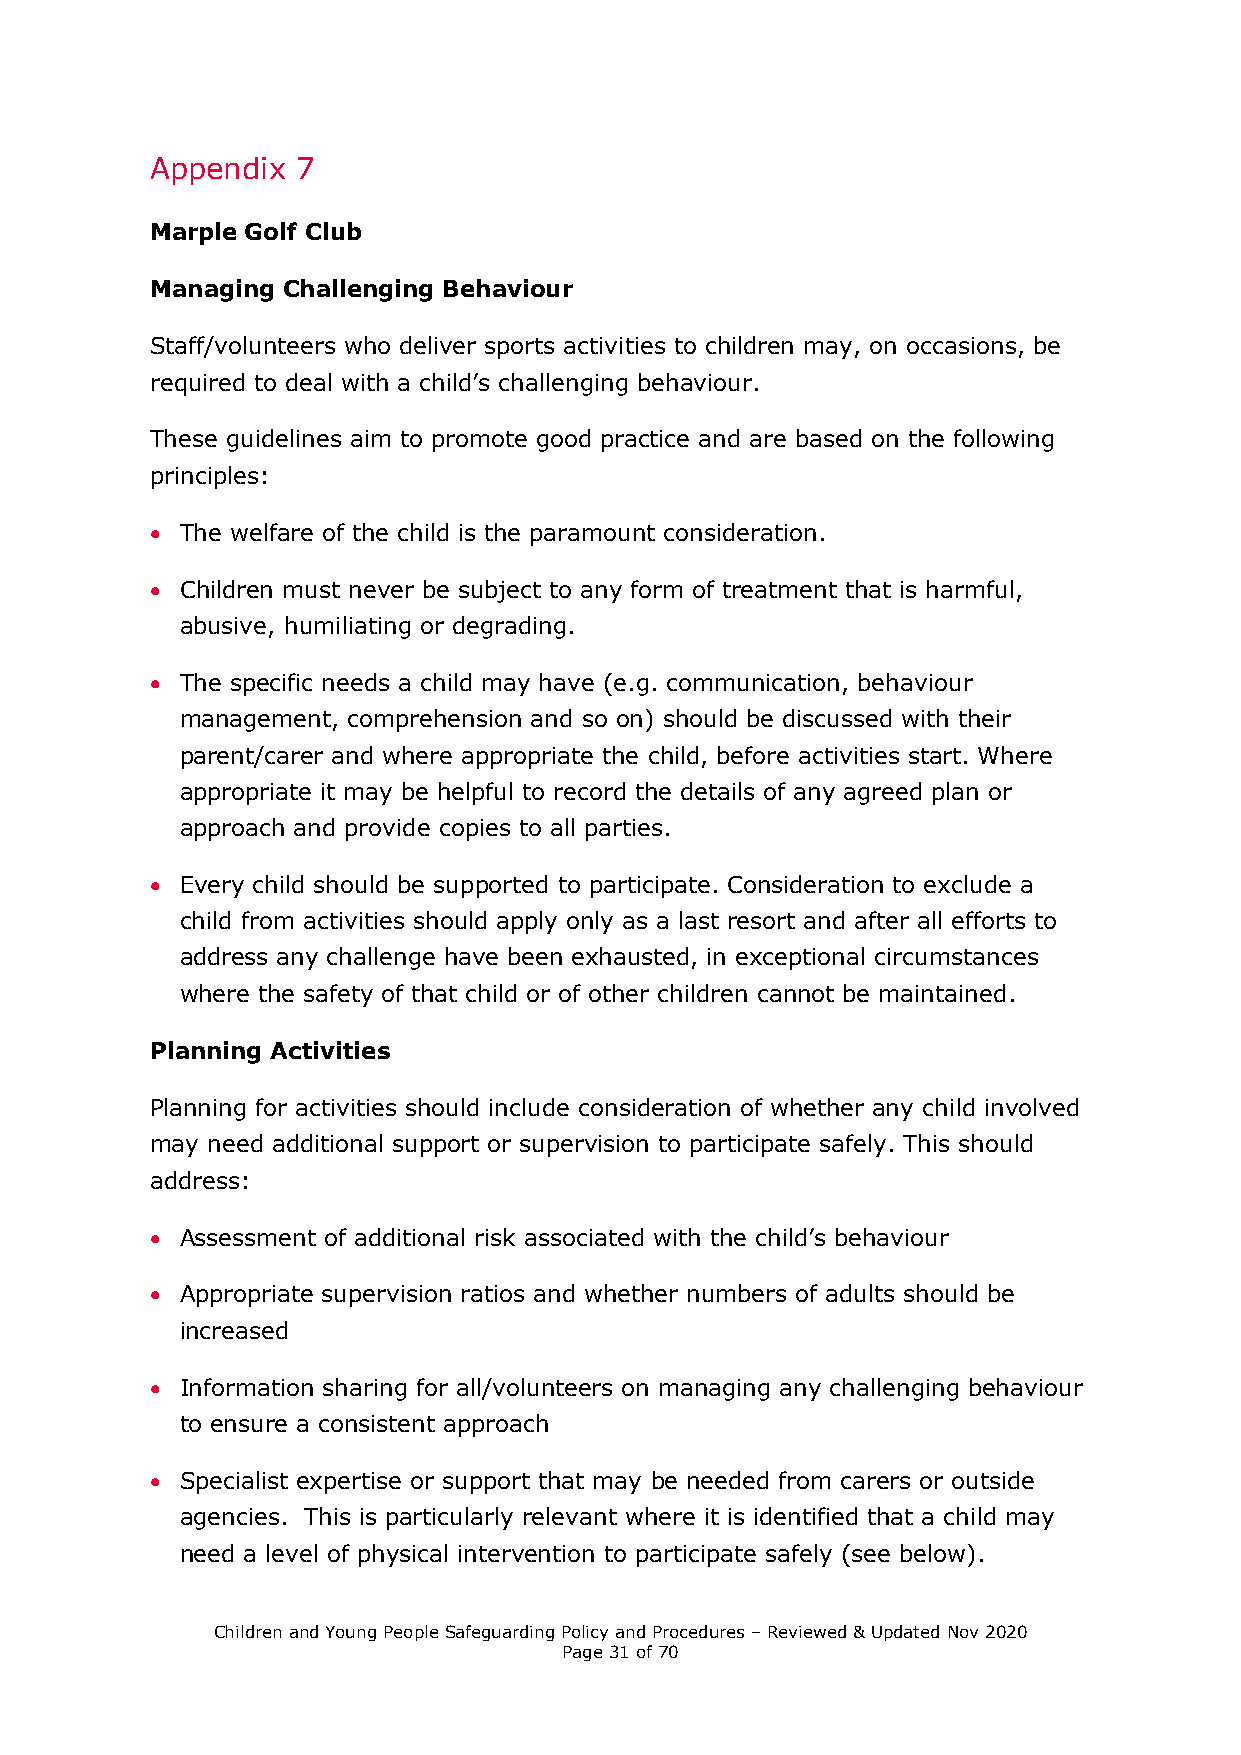
Appendix  7
 Marple Golf Club
 Managing Challenging Behaviour
 Staff/volunteers who deliver sports activities to children may, on occasions, be
 required to deal with a child’s challenging behaviour.
 These guidelines aim to promote good practice and are based on the following
 principles:
  The welfare of the child is the paramount consideration.
  Children must never be subject to any form of treatment that is harmful,
 abusive, humiliating or degrading.
  The specific needs a child may have (e.g. communication, behaviour
 management, comprehension and so on) should be discussed with their
 parent/carer and where appropriate the child, before activities start. Where
 appropriate it may be helpful to record the details of any agreed plan or
 approach and provide copies to all parties.
  Every child should be supported to participate. Consideration to exclude a
 child from activities should apply only as a last resort and after all efforts to
 address any challenge have been exhausted, in exceptional circumstances
 where the safety of that child or of other children cannot be maintained.
 Planning Activities
 Planning for activities should include consideration of whether any child involved
 may need additional support or supervision to participate safely. This should
 address:
  Assessment of additional risk associated with the child’s behaviour
  Appropriate supervision ratios and whether numbers of adults should be
 increased
  Information sharing for all/volunteers on managing any challenging behaviour
 to ensure a consistent approach
  Specialist expertise or support that may be needed from carers or outside
 agencies. This is particularly relevant where it is identified that a child may
 need a level of physical intervention to participate safely (see below).
 Children and Young People Safeguarding Policy and Procedures – Reviewed & Updated Nov 2020
 Page 31 of 70